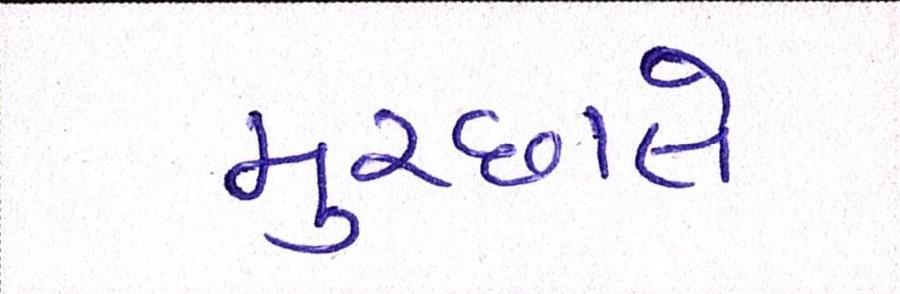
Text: મુચ્છાલે